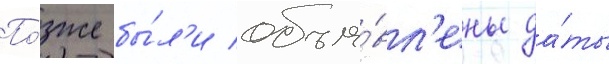
По́зже бы́л'и объя́вл'ены да́ты